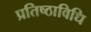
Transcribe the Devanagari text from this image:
प्रतिष्ठाविधि